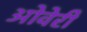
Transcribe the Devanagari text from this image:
ओवेरी